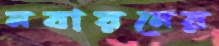
নবায়নের